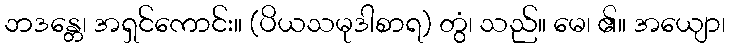
ဘဒန္တေ၊ အရှင်ကောင်း။ (ပိယသမုဒါစာရ) တွံ၊ သည်။ မေ၊ ၏။ အယျော၊